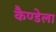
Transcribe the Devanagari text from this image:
कैण्डेला